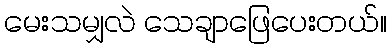
မေးသမျှလဲ သေချာဖြေပေးတယ်။